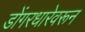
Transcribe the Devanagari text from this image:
डोंगरधारेवरून